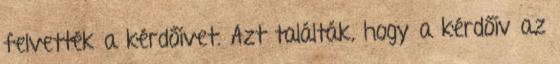
felvették a kérdőívet. Azt találták, hogy a kérdőív az